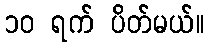
၁၀ ရက် ပိတ်မယ်။